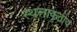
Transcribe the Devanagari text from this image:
स्थलाकृतीय